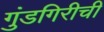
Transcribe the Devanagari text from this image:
गुंडगिरीची